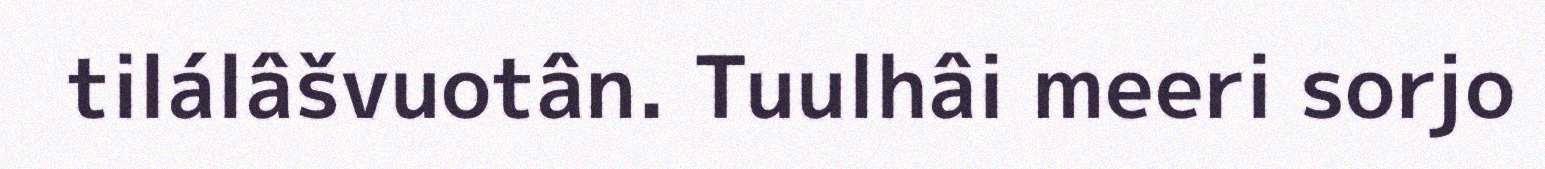
tilálâšvuotân. Tuulhâi meeri sorjo